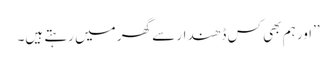
’’اور ہم بھی کس ڈھندار سے گھر میں رہتے ہیں۔